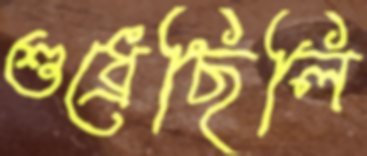
শুধ্‌রেছিলি